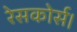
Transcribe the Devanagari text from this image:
रेसकोर्स।